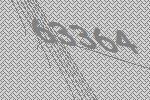
63364